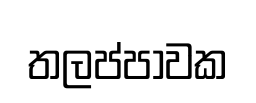
තලප්පාවක